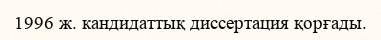
1996 ж. кандидаттық диссертация қорғады.